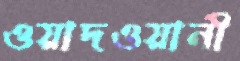
ওয়াদওয়ানী